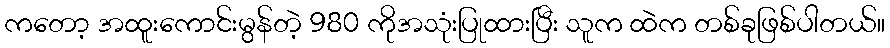
ကတော့ အထူးကောင်းမွန်တဲ့ 980 ကိုအသုံးပြုထားပြီး သူက ထဲက တစ်ခုဖြစ်ပါတယ်။